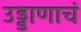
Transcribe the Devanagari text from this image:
उड्डाणाचं